Vaccine operations Central Provinces 1886-1899 - 1886-1899
Year: 1886
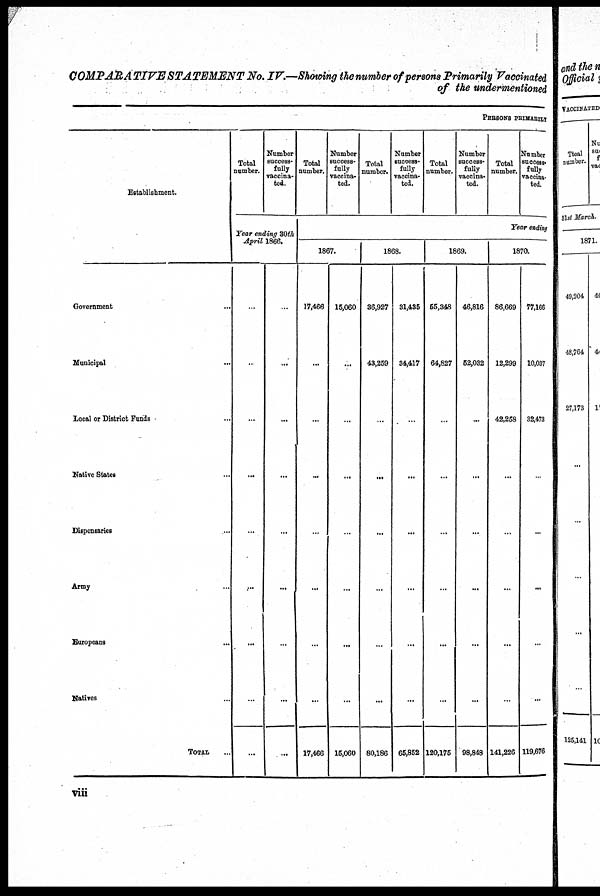
COMPARATIVE STATEMENT No. IV.—Showing the number of persons Primarily Vaccinated
of the undermentioned
PERSONS PRIMARILY
Establishment.
Government...
Municipal...
Local or District Funds...
Native States...
Dispensaries...
Army...
Europeans...
Natives...
TOTAL...
Total
number.
Number
success-
fully
vaccina-
ted.
Year ending 30th
April 1866.
...
...
...
...
...
...
...
...
...
...
...
...
...
...
...
...
...
...
Total
number.
Number
success-
fully
vaccina-
ted.
Total
number.
Number
success-
fully
vaccina-
ted.
Total
number.
Number
success-
fully
vaccina-
ted.
Total
number.
Number
success-
fully
vaccina-
ted.
Year ending
1867.
17,466
...
...
...
...
...
...
...
17,466
15,060
...
...
...
...
...
...
...
16,060
1868.
36,927
43,259
...
...
...
...
...
...
80,186
31,435
34,417
...
...
...
...
...
...
65,852
1869.
65,348
64,827
...
...
...
...
...
...
120,175
46,816
52,032
...
...
...
...
...
...
98,848
1870.
86,669
12,299
42,258
...
...
...
...
...
141,226
77,166
10,037
32,473
...
...
...
...
...
119,676
viii